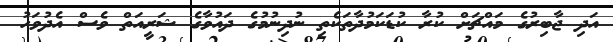
އަދި ޖާބިރުގެ މައްޗަށް ކުރާ ކުޑަކަމުދާތަކެތި ނުދިނުމުގެ ދައުވާގެ ޝަރީއަތް ވެސް އެދުވަހު